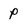
Character: p